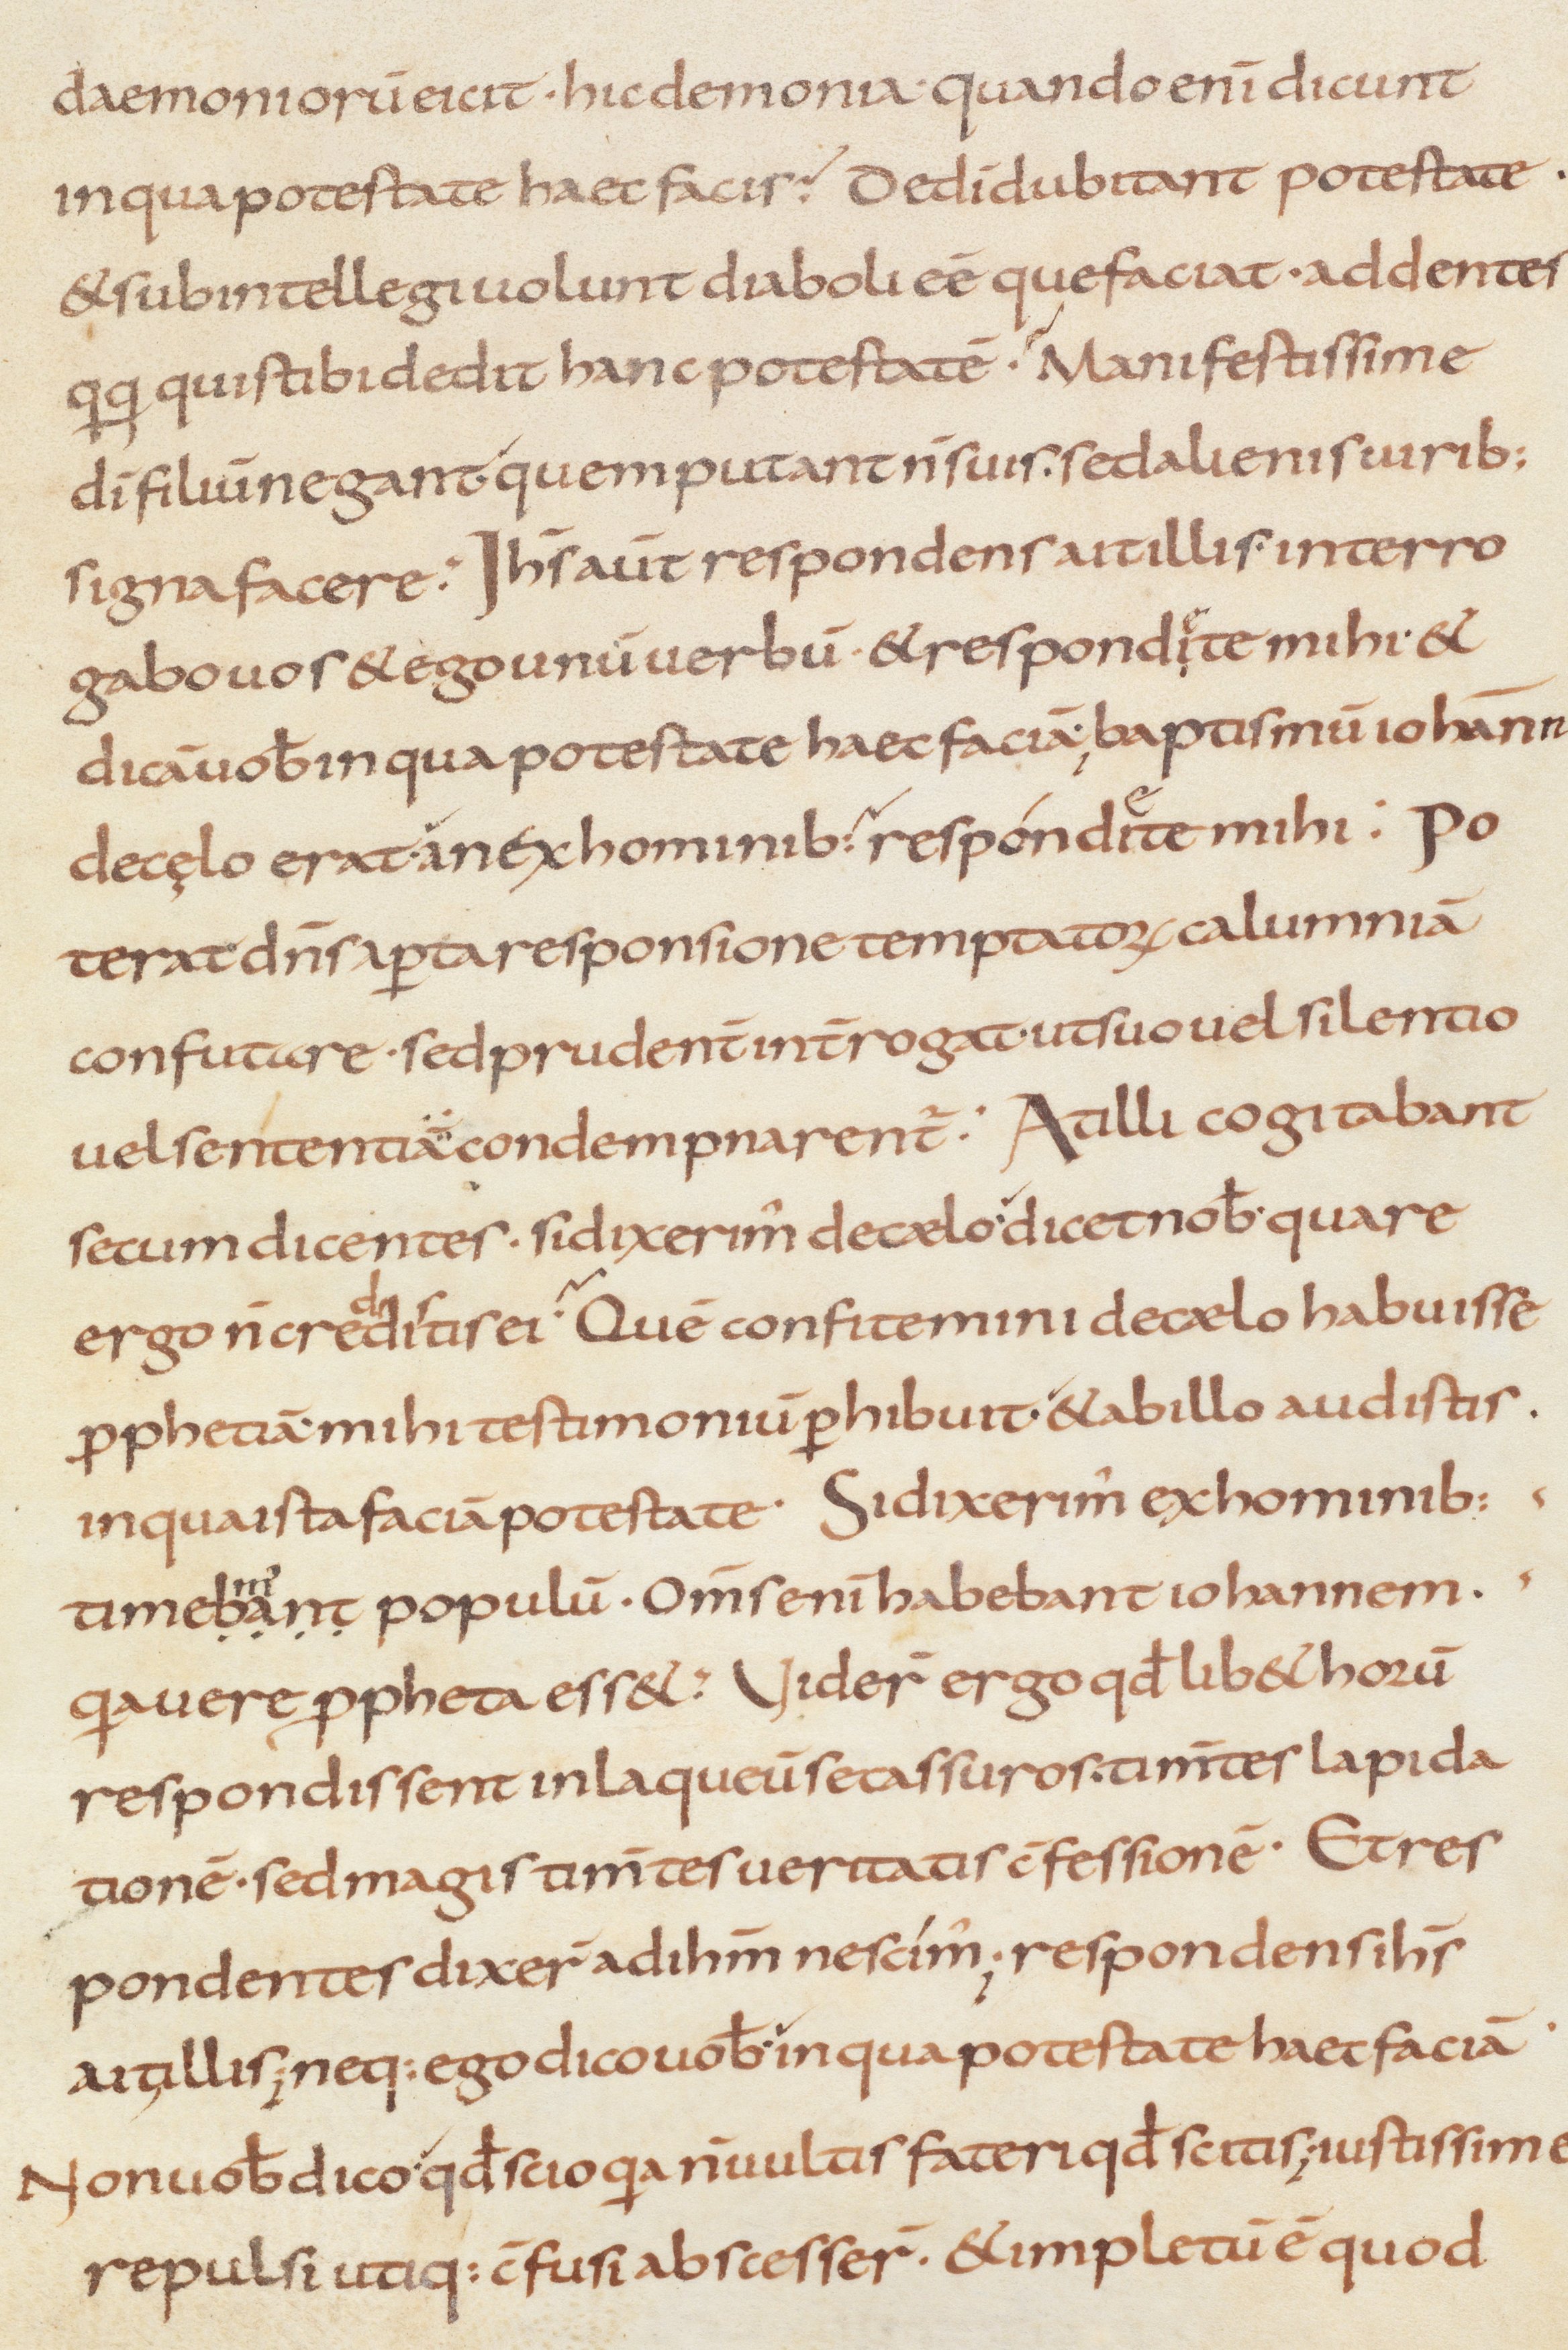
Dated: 800–999